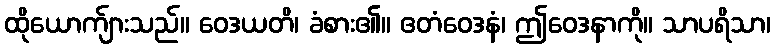
ထိုယောက်ျားသည်။ ဝေဒယတိ၊ ခံစား၏။ ဧတံဝေဒနံ၊ ဤဝေဒနာကို။ သာပရိသာ၊